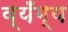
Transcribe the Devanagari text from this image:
व्यँग्य